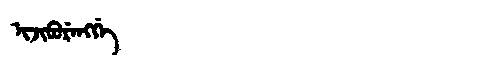
Manchu: ᡳᠵᡳᠪᡠᡵᡝᠩᡤᡝ
Romanization: IJIBURENGGE